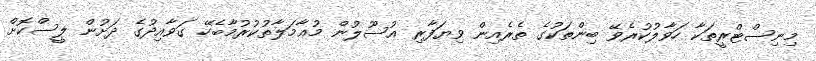
މިނިސްޓްރީތަކާ ހަވާލުކުރެވޭ ބިންތަކުގެ ތެރެއިން ވިޔަފާރި އުސޫލުން މުޢާމަލާތުކުރުމާބެހޭ ގަވާއިދުގެ ދަށުން ލީސްކޮށް